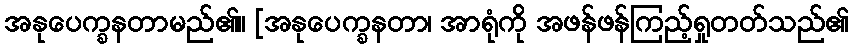
အနုပေက္ခနတာမည်၏။ [အနုပေက္ခနတာ၊ အာရုံကို အဖန်ဖန်ကြည့်ရှုတတ်သည်၏